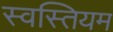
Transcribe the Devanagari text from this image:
स्वस्तियम